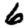
Digit: 6